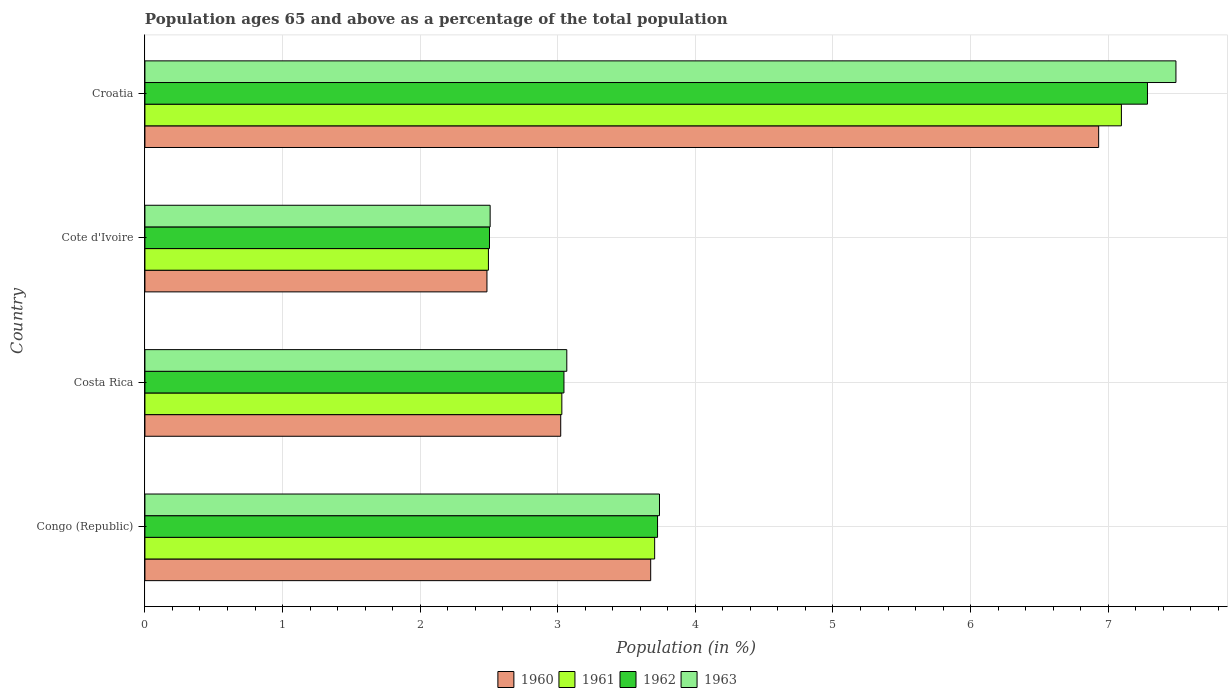
| Country | 1960 | 1961 | 1962 | 1963 |
 | --- | --- | --- | --- | --- |
 | Congo (Republic) | 3.68 | 3.7 | 3.73 | 3.74 |
 | Costa Rica | 3.02 | 3.03 | 3.05 | 3.07 |
 | Cote d'Ivoire | 2.49 | 2.5 | 2.5 | 2.51 |
 | Croatia | 6.93 | 7.1 | 7.29 | 7.49 |